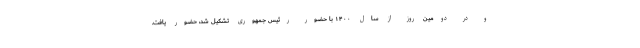
و در دومین روز از سال ۱۴۰۰ با حضور رئیس جمهوری تشکیل شد، حضور یافت.